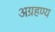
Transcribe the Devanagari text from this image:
अग्रहण्य